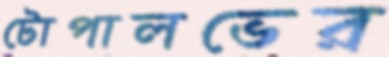
টোপালভের